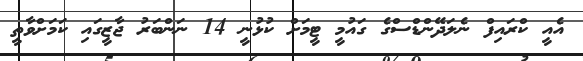
އެއީ ކްރައިފް ނެލަދޭންޑްސްގެ ގައުމީ ޓީމަށް ކުޅުނީ 14 ނަންބަރު ޖާޒީގައި ކަމަށްވާތީ